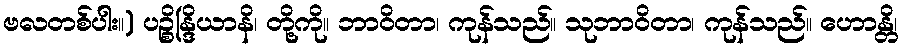
ဗလတစ်ပါး။) ပဉ္စိန္ဒြိယာနိ၊ တို့ကို။ ဘာဝိတာ၊ ကုန်သည်။ သုဘာဝိတာ၊ ကုန်သည်။ ဟောန္တိ၊